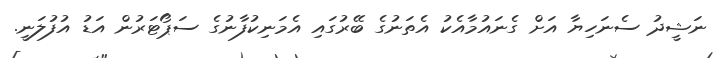
ނަޝީދު ސެނަހިޔާ އަށް ގެނައުމާއެކު އެތަނުގެ ބޭރުގައި އެމަނިކުފާނުގެ ސަޕޯޓަރުން އަޑު އުފުލަނީ.